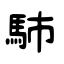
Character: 馷